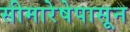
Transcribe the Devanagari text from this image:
सीमारेषेपासून